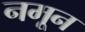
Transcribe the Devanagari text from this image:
नमून